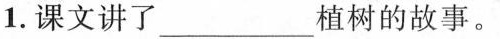
1.课文讲了___植树的故事。